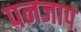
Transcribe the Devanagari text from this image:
पनजाप